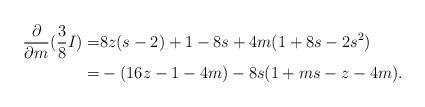
LaTeX: \begin{align*}\frac{\partial}{\partial m}(\frac 38 I)=& 8z(s-2) +1-8s+4m(1+8s-2s^2) \\=& -(16z-1-4m) -8s(1+ms-z-4m).\end{align*}